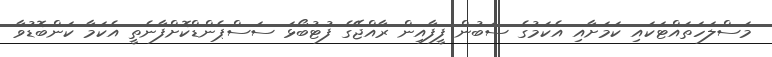
މަސްލަހަތައްޓަކައި ކަމަށާއި އެކަމުގެ ސަބުން ފީފާއިން ރާއްޖޭގެ ފުޓުބޯޅަ ސަސްޕެންޑްކޮށްފާނެތީ އެކަމާ ކަންބޮޑުވާ